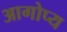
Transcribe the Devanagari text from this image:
आगोप्य